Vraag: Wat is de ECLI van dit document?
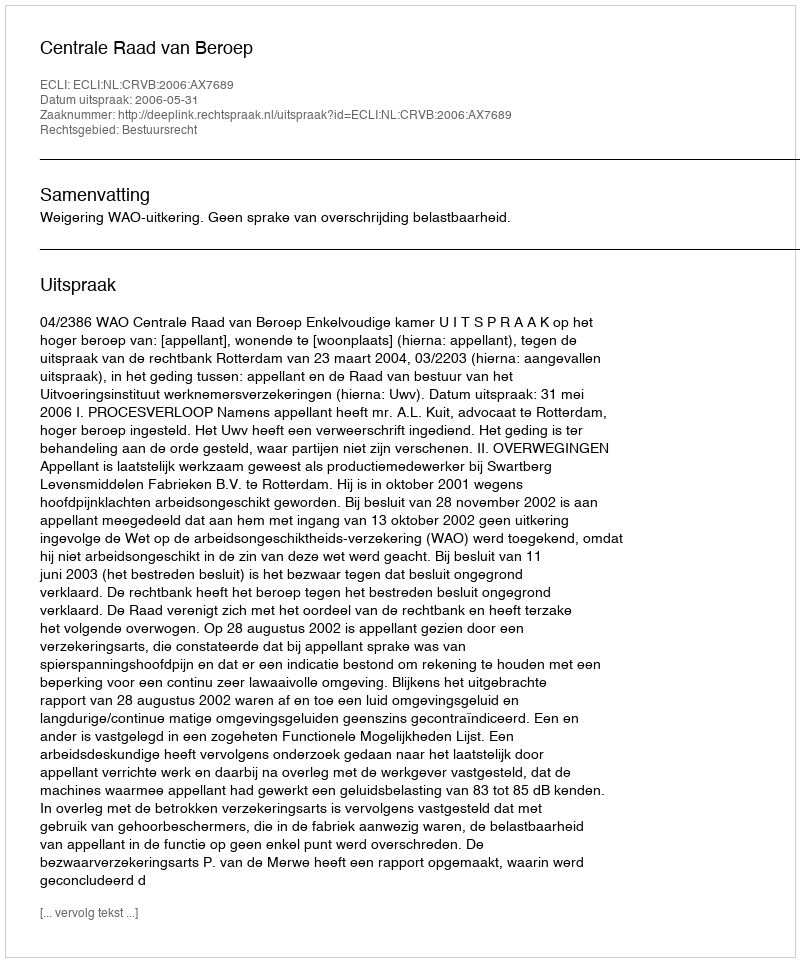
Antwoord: ECLI:NL:CRVB:2006:AX7689